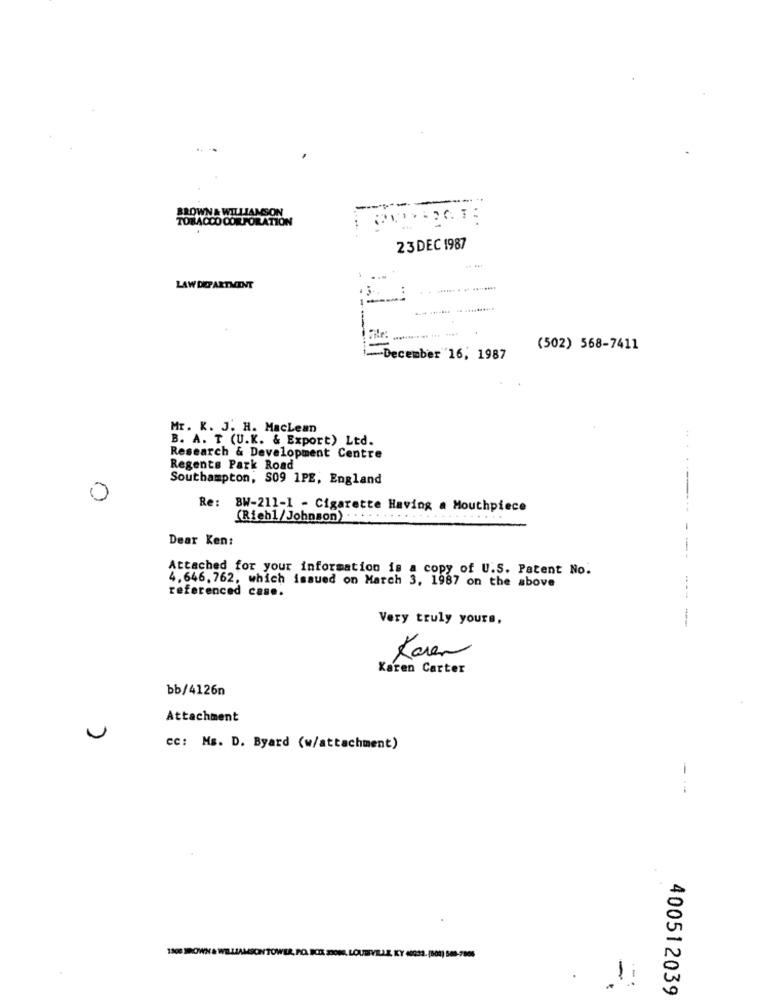
BROWN& WILLIAMSON
TOBACCO CORPORATION
23DEC 1987
LAW DEPARTMENT
(502) 568-7411
December 16, 1987
Mr. K. J. H. Maclean
B. A. T (U.K. & Export) Ltd.
Research & Development Centre
Regents Park Road
Southampton, S09 1PE, England
0
Re: BW-211-1 - Cigarette Having a Mouthpiece
(Riehl/Johnson) . . . .
Dear Ken:
Attached for your information is a copy of U.S. Patent No.
4.646. 762, which issued on March 3, 1987 on the above
referenced case.
----
Very truly yours,
--
Karen
Karen Carter
bb/4126n
Attachment
U
cc: Ms. D. Byard (w/attachment)
-
1800 SHOWN & WILLIAMSOIN TOWER, PO. BOX 39000, LOUDIVELLE, KY 40233. (808) 508-2006
.
-
400512039